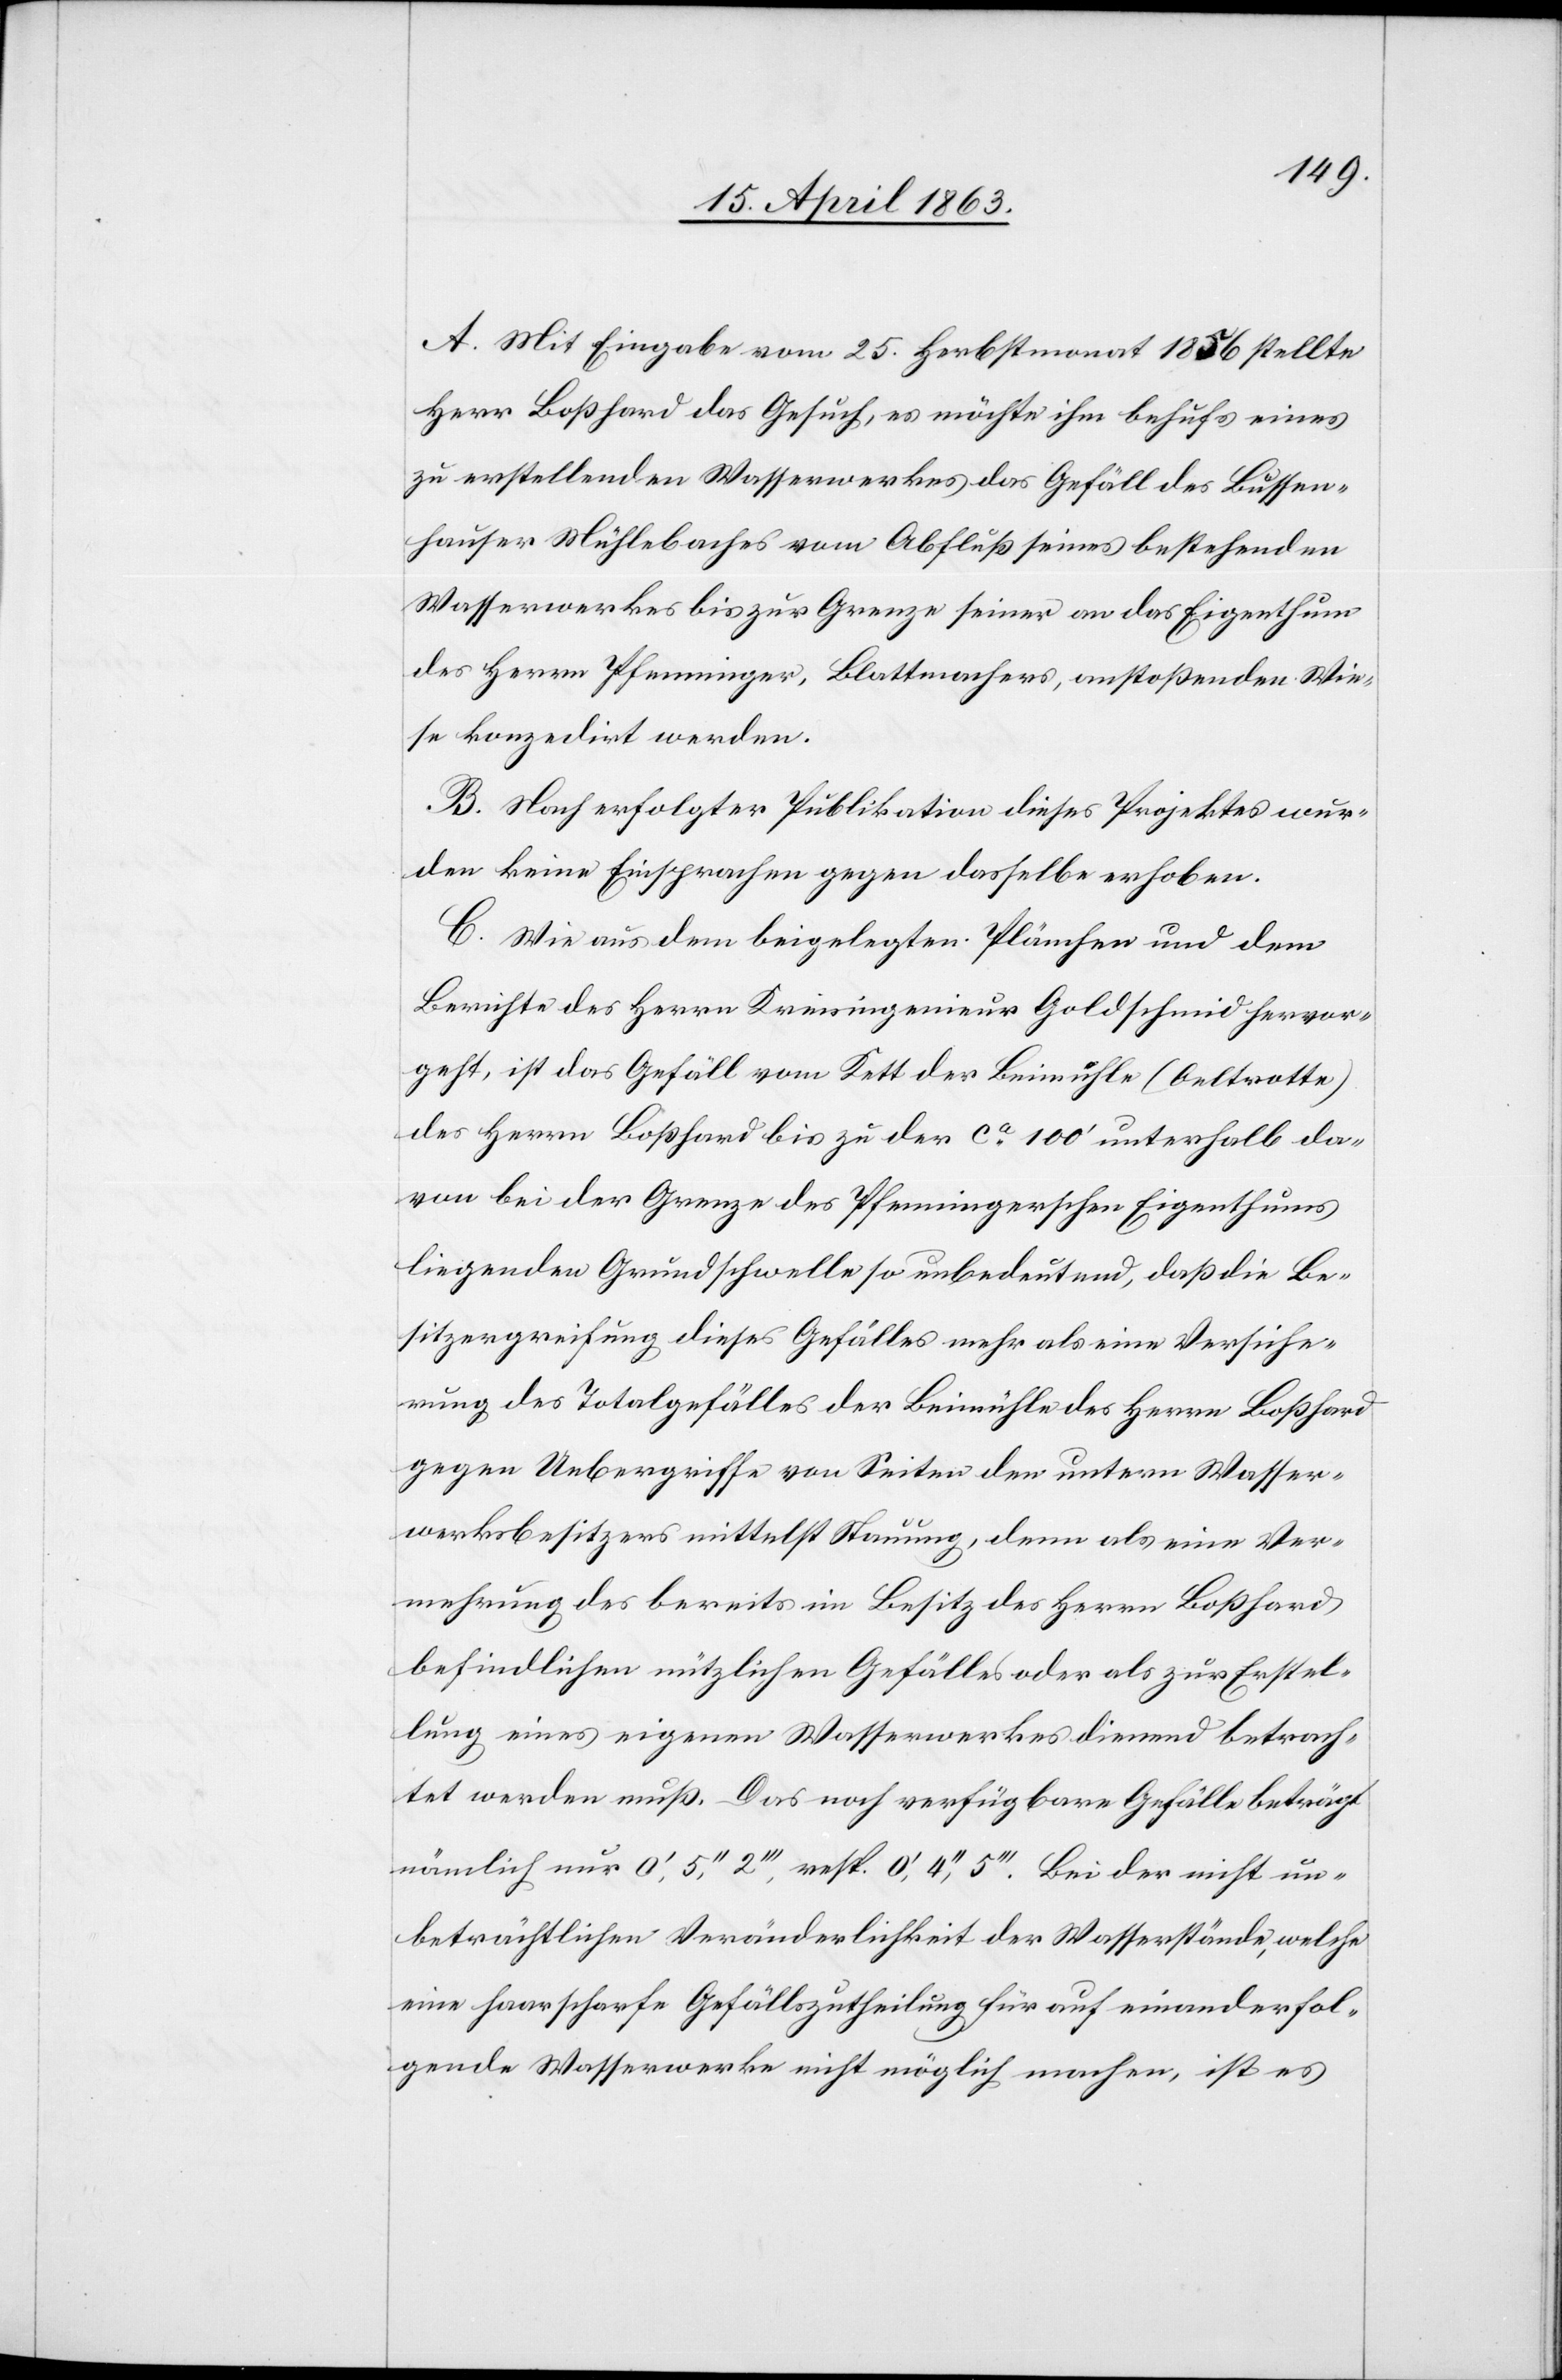
A. Mit Eingabe vom 25. Herbstmonat 1856 stellte
Herr Boßhard das Gesuch, es möchte ihm behufs eines
zu erstellenden Wasserwerkes das Gefäll des Bussen¬
hauser Mühlebaches vom Abfluß seines bestehenden
Wasserwerkes bis zur Grenze seiner an das Eigenthum
des Herrn Pfenninger, Blattmachers, anstoßenden Wie¬
se konzedirt werden.
B. Nach erfolgter Publikation dieses Projektes wur¬
den keine Einsprachen gegen dasselbe erhoben.
C. Wie aus dem beigelegten Plänchen und dem
Berichte des Herrn Kreisingenieur Goldschmid hervor¬
geht, ist das Gefäll vom Kett der Beimühle (Oeltrotte)
des Herrn Boßhard bis zu der ca 100' unterhalb da¬
von bei der Grenze des Pfenningerschen Eigenthums
liegenden Grundschwelle so unbedeutend, daß die Be¬
sitzergreifung dieses Gefälles mehr als eine Versiche¬
rung des Totalgefälles der Beimühle des Herrn Boßhard
gegen Uebergriffe von Seiten den [sic!] untern Wasser¬
werksbesitzers mittelst Stauung, denn als eine Ver¬
mehrung des bereits im Besitz des Herrn Boßhard
befindlichen nützlichen Gefälles oder als zur Erstel¬
lung eines eigenen Wasserwerkes dienend betrach¬
tet werden muß. Das noch verfügbare Gefälle beträgt
nämlich nur 0', 5'', 2''', resp. 0', 4'', 5'''. Bei der nicht un¬
beträchtlichen Veränderlichkeit der Wasserstände, welche
eine haarscharfe Gefällszutheilung für auf einanderfol¬
gende Wasserwerke nicht möglich machen, ist es